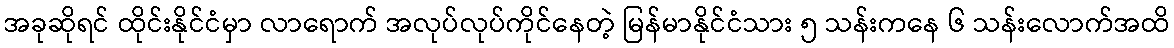
အခုဆိုရင် ထိုင်းနိုင်ငံမှာ လာရောက် အလုပ်လုပ်ကိုင်နေတဲ့ မြန်မာနိုင်ငံသား ၅ သန်းကနေ ၆ သန်းလောက်အထိ